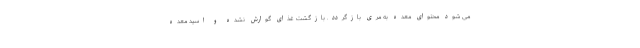
می شود محتوای معده به مری بازگردد. بازگشت غذای گوارش نشده و اسید معده